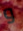
و